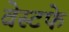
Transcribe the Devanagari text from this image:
वेस्टफे